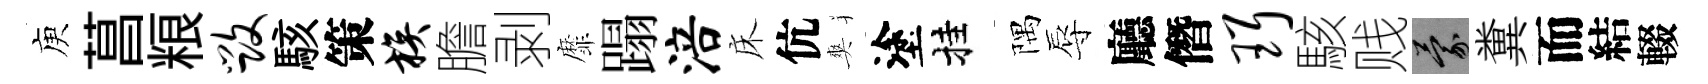
庾菖粮毁駭策族膽剥靡蹋涪床伉爽塗挂隅辱廳僭珥駭贱蒙糞而結輟